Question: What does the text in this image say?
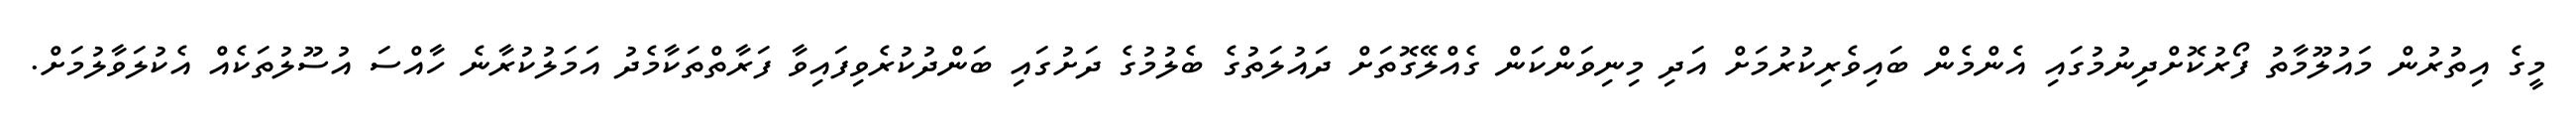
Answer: މީގެ އިތުރުން މައުލޫމާތު ފޯރުކޮށްދިނުމުގައި އެންމެން ބައިވެރިކުރުމަށް އަދި މިނިވަންކަން ގެއްލޭގޮތަށް ދައުލަތުގެ ބެލުމުގެ ދަށުގައި ބަންދުކުރެވިފައިވާ ފަރާތްތަކާމެދު އަމަލުކުރާނެ ހާއްސަ އުސޫލުތަކެއް އެކުލަވާލުމަށް.